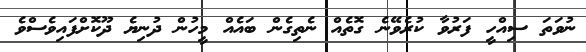
ނުވަތަ ސިއްހީ ފަރުވާ ކުރެވޭނެ ގޮތެއް ނެތިގެން ބައެއް މީހުން ދުނިޔެ ދޫކޮށްފައިވެސްވެ